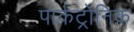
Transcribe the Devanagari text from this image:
पार्कट्रोनिक